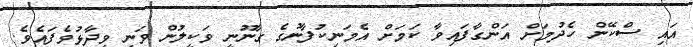
އައި ސްކޭން ހެދުމަށް އަންގާފައިވާ ކަމަށް އެމަނިކުފާނުގެ ގާނޫނީ ވަކީލުން ވަނީ ވިދާޅުވެފައެވެ.